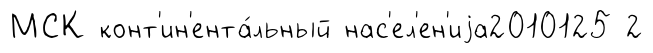
МСК конт'ин'ента́льный нас'ел'ен'иjа2010125 2